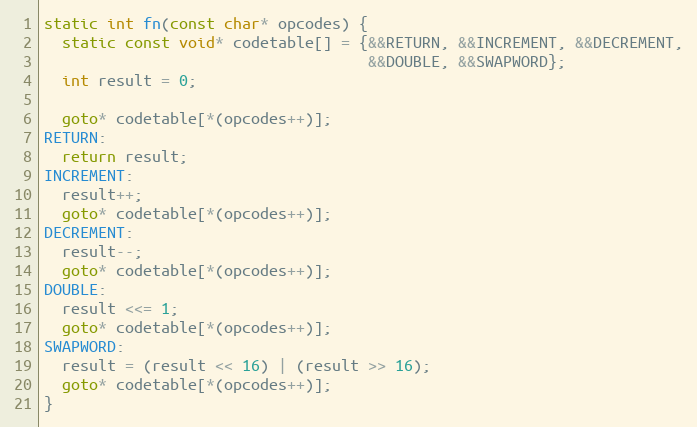
Language: C++
static int fn(const char* opcodes) {
  static const void* codetable[] = {&&RETURN, &&INCREMENT, &&DECREMENT,
                                    &&DOUBLE, &&SWAPWORD};
  int result = 0;

  goto* codetable[*(opcodes++)];
RETURN:
  return result;
INCREMENT:
  result++;
  goto* codetable[*(opcodes++)];
DECREMENT:
  result--;
  goto* codetable[*(opcodes++)];
DOUBLE:
  result <<= 1;
  goto* codetable[*(opcodes++)];
SWAPWORD:
  result = (result << 16) | (result >> 16);
  goto* codetable[*(opcodes++)];
}